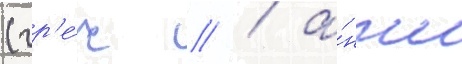
(гр'е́ч // / а́нгл